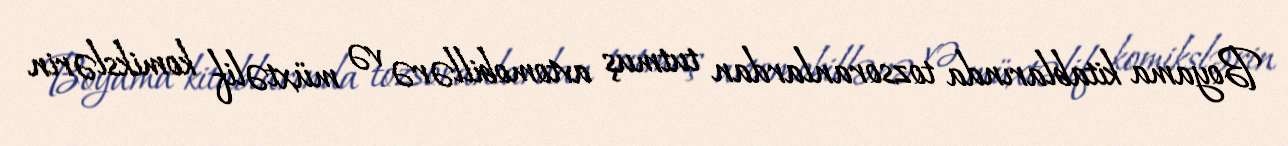
Boyama kitablarında tozsoranlardan tutmuş avtomobillərə və müxtəlif komikslərin